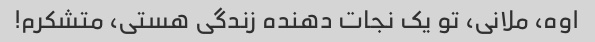
اوه، ملانی، تو یک نجات دهنده زندگی هستی، متشکرم!